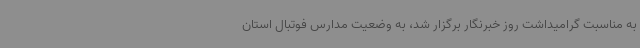
به مناسبت گرامیداشت روز خبرنگار برگزار شد، به وضعیت مدارس فوتبال استان